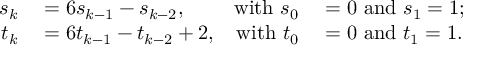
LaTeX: \begin{array} { r l r l } { s _ { k } } & { { } = 6 s _ { k - 1 } - s _ { k - 2 } , } & { { \mathrm { w i t h ~ } } s _ { 0 } } & { { } = 0 { \mathrm { ~ a n d ~ } } s _ { 1 } = 1 ; } \\ { t _ { k } } & { { } = 6 t _ { k - 1 } - t _ { k - 2 } + 2 , } & { { \mathrm { w i t h ~ } } t _ { 0 } } & { { } = 0 { \mathrm { ~ a n d ~ } } t _ { 1 } = 1 . } \end{array}